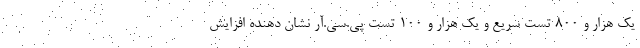
یک هزار و ۸۰۰ تست سریع و یک هزار و ۱۰۰ تست پی.سی.آر نشان دهنده افزایش